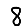
Digit: 8